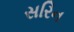
સરિન